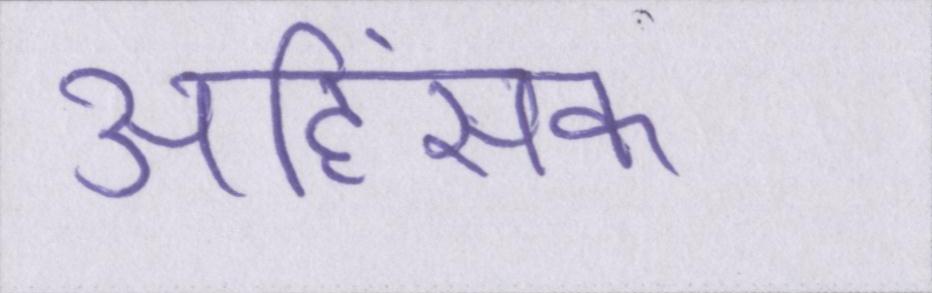
अहिंसक